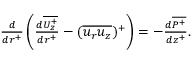
\begin{array} { r } { \frac { d } { d r ^ { + } } \left( \frac { d \overline { { U _ { z } ^ { + } } } } { d r ^ { + } } - ( \overline { { u _ { r } u _ { z } } } ) ^ { + } \right) = - \frac { d \overline { { P ^ { + } } } } { d z ^ { + } } . } \end{array}